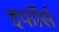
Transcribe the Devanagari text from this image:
इफॉर्स